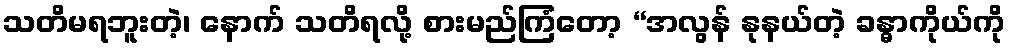
သတိမရဘူးတဲ့၊ နောက် သတိရလို့ စားမည်ကြံတော့ “အလွန် နုနယ်တဲ့ ခန္ဓာကိုယ်ကို